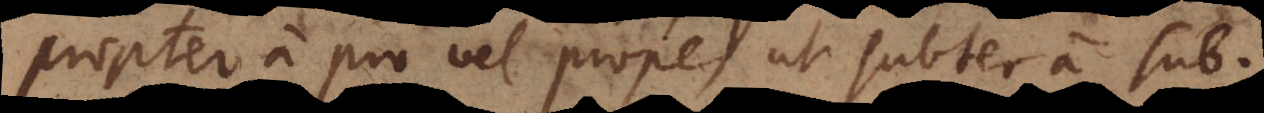
propter a pro vel prope, ut subter a sub.